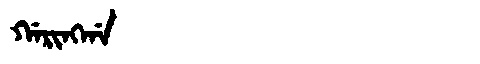
Manchu: ᡤᠠᡵᡳᠩᡤᠠ
Romanization: GARINGGA